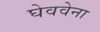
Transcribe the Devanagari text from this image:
घेववेना